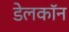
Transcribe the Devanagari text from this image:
डेलकॉन